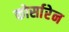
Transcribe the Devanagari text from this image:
कोर्सारेन